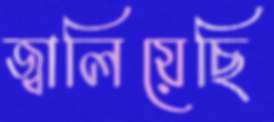
জ্বালিয়েছি